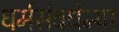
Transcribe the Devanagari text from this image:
धर्मसंवर्धन्या